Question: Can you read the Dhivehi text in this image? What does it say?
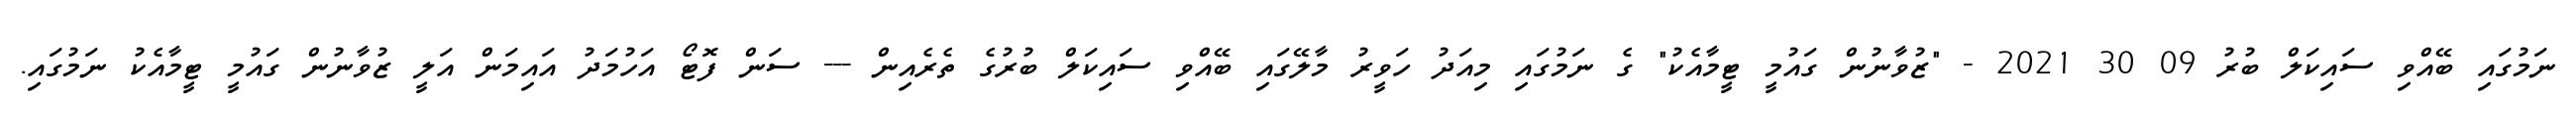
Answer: ނަމުގައި ބޭއްވި ސައިކަލް ބުރު 09 30 2021 - "ޒުވާނުން ގައުމީ ޓީމާއެކު" ގެ ނަމުގައި މިއަދު ހަވީރު މާލޭގައި ބޭއްވި ސައިކަލް ބުރުގެ ތެރެއިން --- ސަން ފޮޓޯ އަހުމަދު އައިމަން އަލީ ޒުވާނުން ގައުމީ ޓީމާއެކު ނަމުގައި.